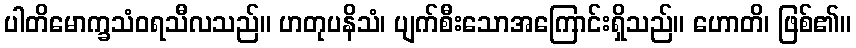
ပါတိမောက္ခသံဝရသီလသည်။ ဟတုပနိသံ၊ ပျက်စီးသောအကြောင်းရှိသည်။ ဟောတိ၊ ဖြစ်၏။